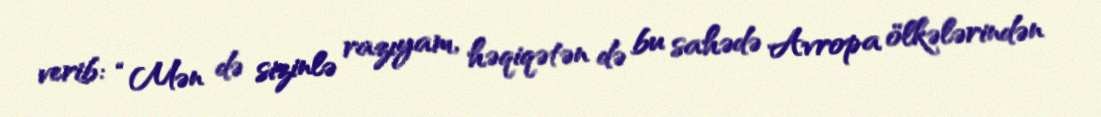
verib: “Mən də sizinlə razıyam, həqiqətən də bu sahədə Avropa ölkələrindən